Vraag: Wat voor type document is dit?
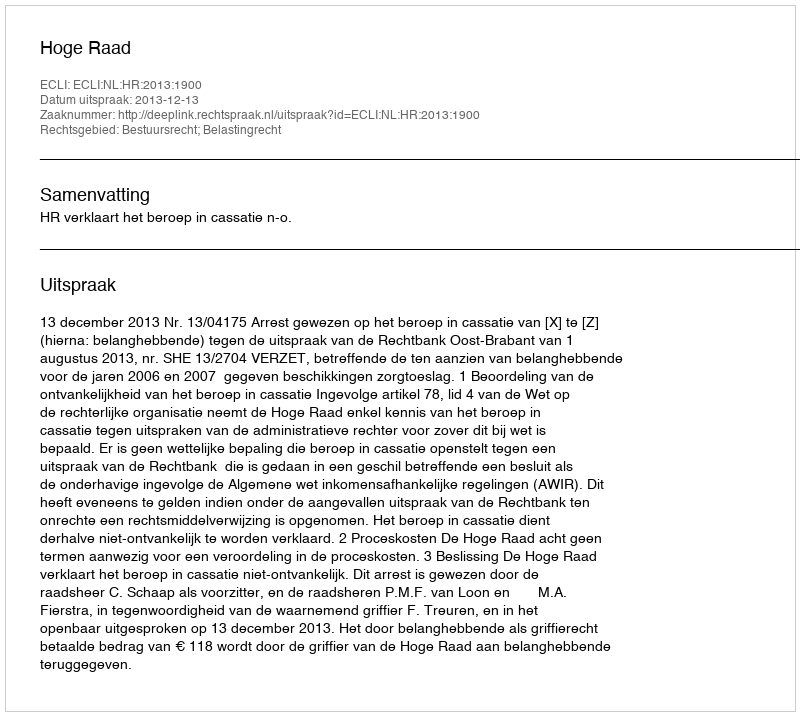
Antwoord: Uitspraak